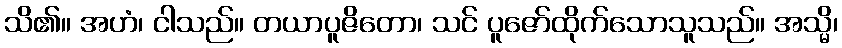
သိ၏။ အဟံ၊ ငါသည်။ တယာပူဇိတော၊ သင် ပူဇော်ထိုက်သောသူသည်။ အသ္မိ၊